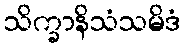
သိက္ခာနိသံသမိဒံ